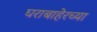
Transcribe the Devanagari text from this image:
घराबाहेरच्या